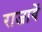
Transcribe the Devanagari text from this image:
राजायें